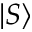
\vert S \rangle